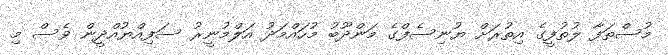
މުސްތަފާ ލުތުފީގެ އިތުރަށް ޔުނިސެފްގެ މަންދޫބު މުހައްމަދު އަލްމުނީރު ސަފިއްޔުއްދީން ވެސް މި